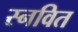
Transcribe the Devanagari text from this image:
स्नवित